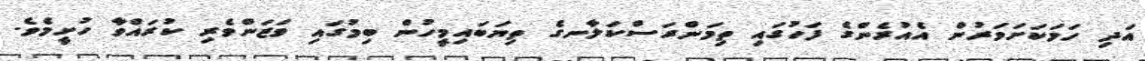
އަދި ހަމަކަށަވަރުން އެއުރެންގެ ފަހުގައި ތިމަންރަސްކަލާނގެ ތިޔަބައިމީހުން ބިމުގައި ވަޒަންވެރި ކުރައްވާ ހުށީމެވެ.